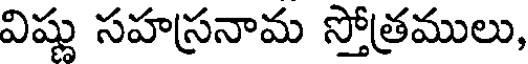
విష్ణు సహస్రనామ స్తోత్రములు,